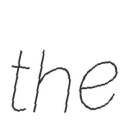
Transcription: the